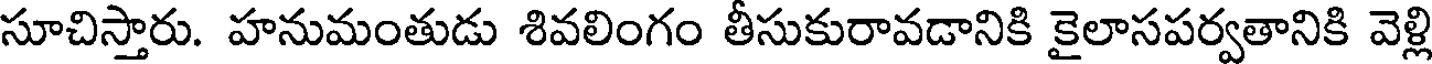
సూచిస్తారు. హనుమంతుడు శివలింగం తీసుకురావడానికి కైలాసపర్వతానికి వెళ్లి